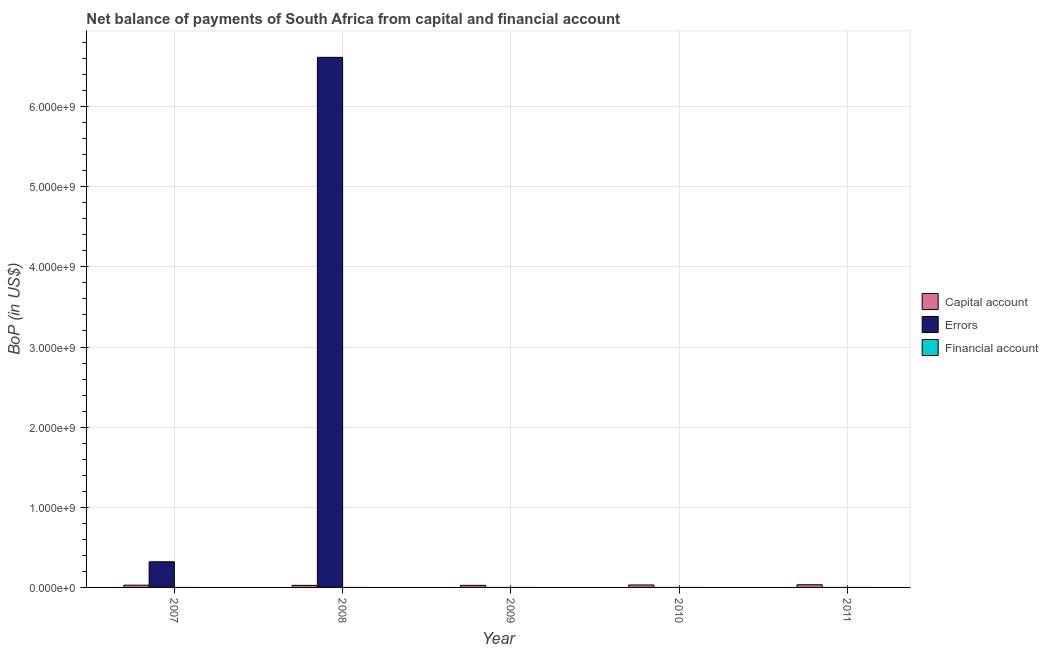
| Year | Capital account | Errors | Financial account |
 | --- | --- | --- | --- |
 | 2007 | 2.8e+07 | 3.2e+08 | -1.58e+10 |
 | 2008 | 2.55e+07 | 6.62e+09 | -9.77e+09 |
 | 2009 | 2.57e+07 | -6.5e+09 | -1.44e+10 |
 | 2010 | 3.08e+07 | -2.05e+09 | -7.51e+09 |
 | 2011 | 3.33e+07 | -1.28e+07 | -9.05e+09 |